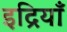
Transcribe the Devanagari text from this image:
इद्रियाँ